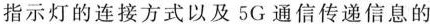
指示灯的连接方式以及5G通信传递信息的